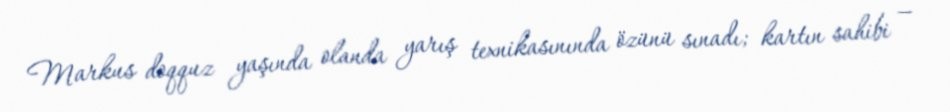
Markus doqquz yaşında olanda yarış texnikasınında özünü sınadı; kartın sahibi —